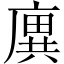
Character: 廙